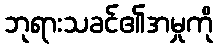
ဘုရားသခင်၏အမှုကို